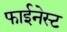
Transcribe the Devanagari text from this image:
फाईनेस्ट